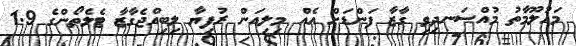
މައުލޫމާތު މުއްސަނދިވި ގާޒާ ފަންޑަށް އެއް މިލިއަން ރުފިޔާ ލިބިއްޖެގާޒާ ޓެލެތޯންގެ 1.9